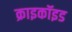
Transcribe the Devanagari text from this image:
क्राइकॉइड